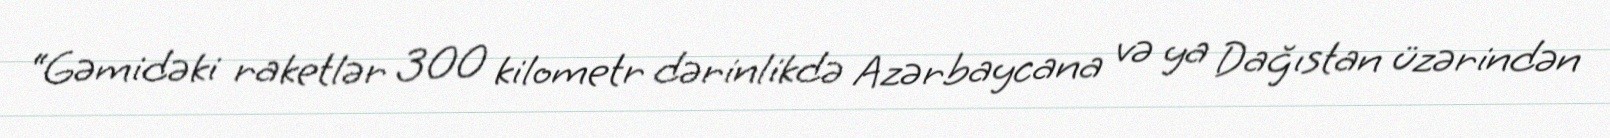
“Gəmidəki raketlər 300 kilometr dərinlikdə Azərbaycana və ya Dağıstan üzərindən